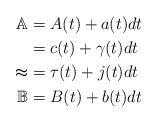
LaTeX: \begin{align*}\mathbb{A} & = A(t) + a(t)dt\\\mathbb{c} & = c(t) + \gamma(t) dt\\\mathbb{t} & = \tau(t) + j(t) dt\\\mathbb{B} & = B(t) + b(t) dt\end{align*}